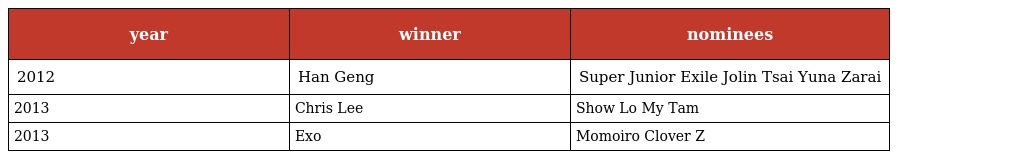
| year | winner | nominees |
 | --- | --- | --- |
 | 2012 | Han Geng | Super Junior Exile Jolin Tsai Yuna Zarai |
 | 2013 | Chris Lee | Show Lo My Tam |
 | 2013 | Exo | Momoiro Clover Z |